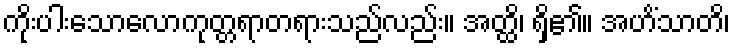
ကိုးပါးသောလောကုတ္တရာတရားသည်လည်း။ အတ္ထိ၊ ရှိ၏။ အဟိံသာတိ၊